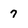
Character: 7